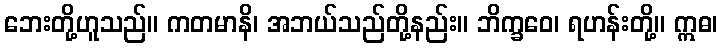
ဘေးတို့ဟူသည်။ ကတမာနိ၊ အဘယ်သည်တို့နည်း။ ဘိက္ခဝေ၊ ရဟန်းတို့။ ဣဓ၊